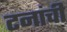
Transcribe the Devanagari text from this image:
टनांची